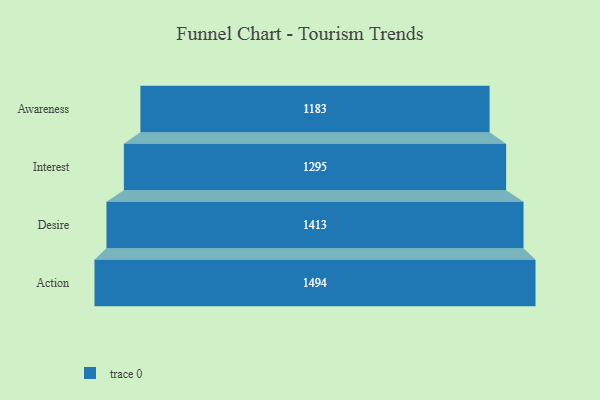
{"axis": {"x": "Stage", "y": "Value"}, "legend": [""], "data": [{"x": "Awareness", "y": 1183.0, "type": ""}, {"x": "Interest", "y": 1295.0, "type": ""}, {"x": "Desire", "y": 1413.0, "type": ""}, {"x": "Action", "y": 1494.0, "type": ""}]}